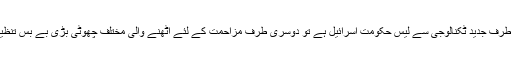
ایک طرف جدید ٹکنالوجی سے لیس حکومت اسرائیل ہے تو دوسری طرف مزاحمت کے لئے اٹھنے والی مختلف چھوٹی بڑی بے بس تنظیمیں ۔